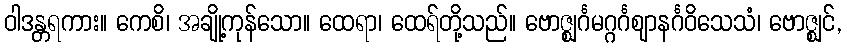
ဝါဒန္တရကား။ ကေစိ၊ အချို့ကုန်သော။ ထေရာ၊ ထေရ်တို့သည်။ ဗောဇ္ဈင်္ဂမဂ္ဂင်္ဂဈာနင်္ဂဝိသေသံ၊ ဗောဇ္ဈင်,